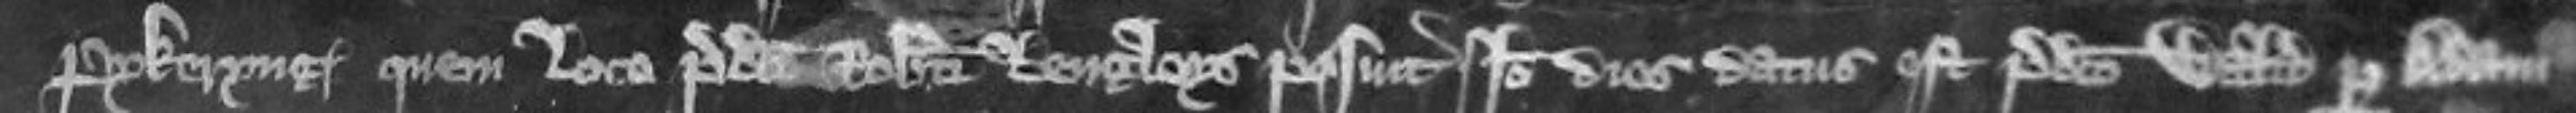
Pykeryng quem loco predicti Roberti Lengleys posuit Ideo dies datus est predicto Waltero per Adam